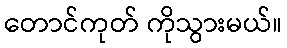
တောင်ကုတ် ကိုသွားမယ်။